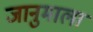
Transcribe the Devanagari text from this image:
जानुमाला